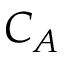
C _ { A }